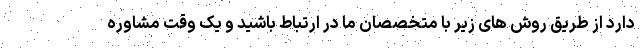
دارد از طریق روش های زیر با متخصصان ما در ارتباط باشید و یک وقت مشاوره